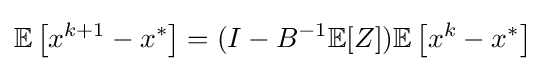
\mathbb {E} \left[x^{k+1}-x^{*}\right]=(I-B^{-1}\mathbb {E} [Z])\mathbb {E} \left[x^{k}-x^{*}\right]